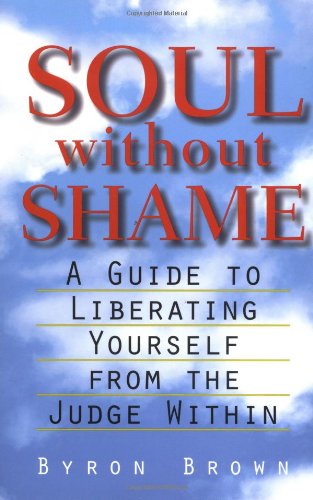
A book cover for Soul without Shame: A Guide to Liberating Yourself from the Judge Within; Byron Brown; Religion & Spirituality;